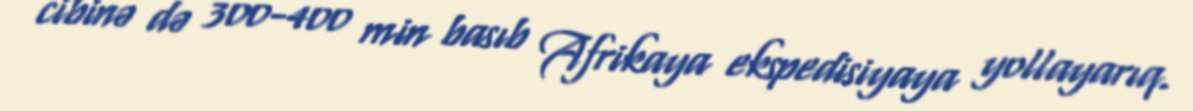
cibinə də 300-400 min basıb Afrikaya ekspedisiyaya yollayarıq.